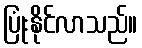
ပြုံးနိုင်လာသည်။